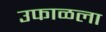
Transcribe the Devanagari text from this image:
उफाळला